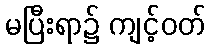
မပြီးရာ၌ ကျင့်ဝတ်